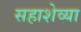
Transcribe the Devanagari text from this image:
सहाशेव्या